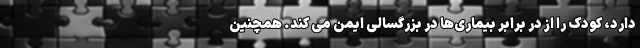
دارد، کودک را از در برابر بیماری‌ها در بزرگسالی ایمن می کند. همچنین